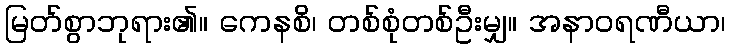
မြတ်စွာဘုရား၏။ ကေနစိ၊ တစ်စုံတစ်ဦးမျှ။ အနာဝရဏီယာ၊